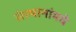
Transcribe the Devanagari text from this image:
संस्थानांमधे